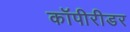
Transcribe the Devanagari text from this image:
कॉपीरीडर